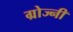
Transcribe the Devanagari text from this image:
ग्रोज्नी